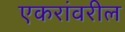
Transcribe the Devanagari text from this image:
एकरांवरील